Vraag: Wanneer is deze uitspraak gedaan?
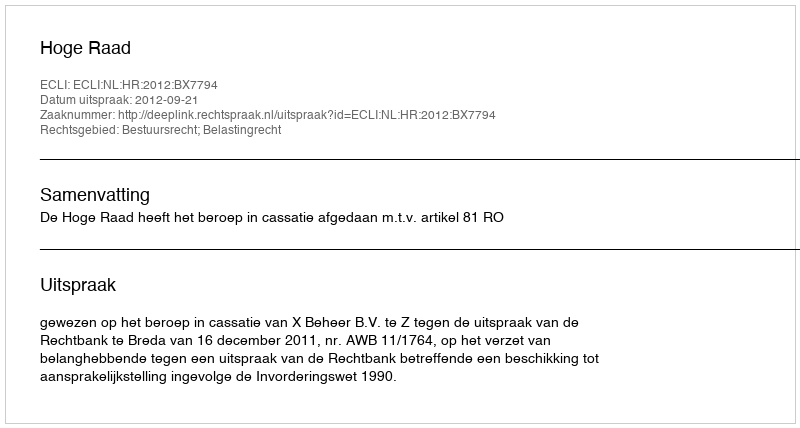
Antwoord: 2012-09-21